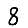
Digit: 8